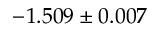
- 1 . 5 0 9 \pm 0 . 0 0 7